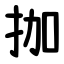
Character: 拁